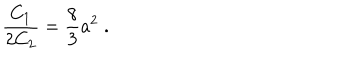
\frac { C _ { 1 } } { 2 C _ { 2 } } = \frac { 8 } { 3 } a ^ { 2 } \; .